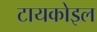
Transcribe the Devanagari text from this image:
टायकोइल